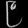
Digit: ၉